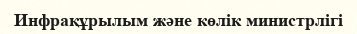
Инфрақұрылым және көлік министрлігі